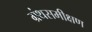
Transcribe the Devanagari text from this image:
ग्रंथसमीक्षण